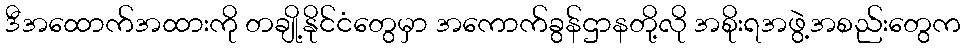
ဒီအထောက်အထားကို တချို့နိုင်ငံတွေမှာ အကောက်ခွန်ဌာနတို့လို အစိုးရအဖွဲ့အစည်းတွေက